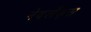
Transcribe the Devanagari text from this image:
नेदलँड्स